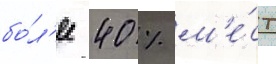
бо́л'ее 40 % м'е́ст